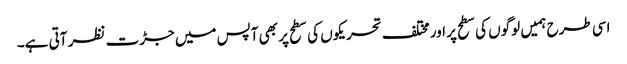
اسی طرح ہمیں لوگوں کی سطح پر اور مختلف تحریکوں کی سطح پر بھی آپس میں جڑت نظر آتی ہے۔